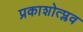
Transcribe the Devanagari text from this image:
प्रकाशोत्प्लव